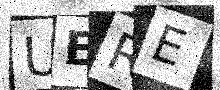
Text: UERE